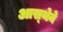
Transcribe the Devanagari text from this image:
आस्‍थेने